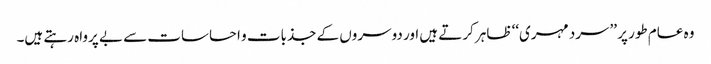
وہ عام طور پر ’’سرد مہری‘‘ ظاہر کرتے ہیں اور دوسروں کے جذبات و احساسات سے بے پرواہ رہتے ہیں۔